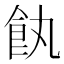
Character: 𩚐